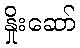
နှိုးဆော်